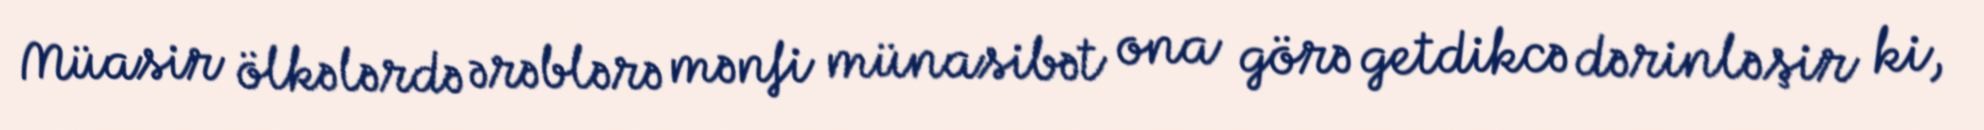
Müasir ölkələrdə ərəblərə mənfi münasibət ona görə getdikcə dərinləşir ki,